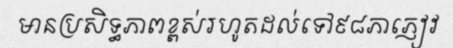
មានប្រសិទ្ធភាពខ្ពស់រហូតដល់ទៅ៩៨ភាភ្ញៀវ